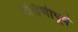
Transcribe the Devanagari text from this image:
दक्षिणीपूर्व